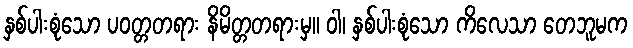
နှစ်ပါးစုံသော ပဝတ္တတရား နိမိတ္တတရားမှ။ ဝါ၊ နှစ်ပါးစုံသော ကိလေသာ တေဘူမက